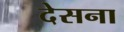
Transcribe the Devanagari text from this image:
देसना